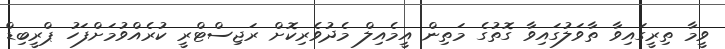
ވީމާ ތިރީގައިވާ ތާވަލުގައިވާ ގޮތުގެ މަތިން އީމެއިލް މެދުވެރިކޮށް ރަޖިސްޓްރީ ކުރެއްވުމަށްފަހު ޕްރީބިޑް